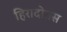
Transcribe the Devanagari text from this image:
हिरादोतस